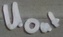
Text: UOUT